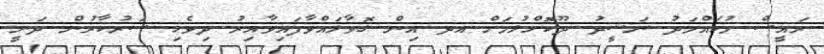
ރައީސް މުހައްމަދު ނަޝީދު ދޫކޮށްލުމަށް އދ އިން ގޮވާލައްވާފައިވާއިރު ދިވެހި ސަރުކާރުން ދަނީ